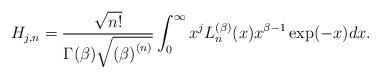
LaTeX: \begin{align*}H_{j,n}=\frac{\sqrt{n!}}{\Gamma (\beta )\sqrt{\left( \beta \right) ^{\left(n\right) }}}\int_{0}^{\infty }x^{j}L_{n}^{(\beta )}(x)x^{\beta -1}\exp(-x)dx. \end{align*}